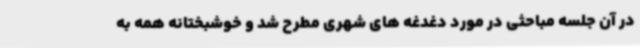
در آن جلسه مباحثی در مورد دغدغه های شهری مطرح شد و خوشبختانه همه به